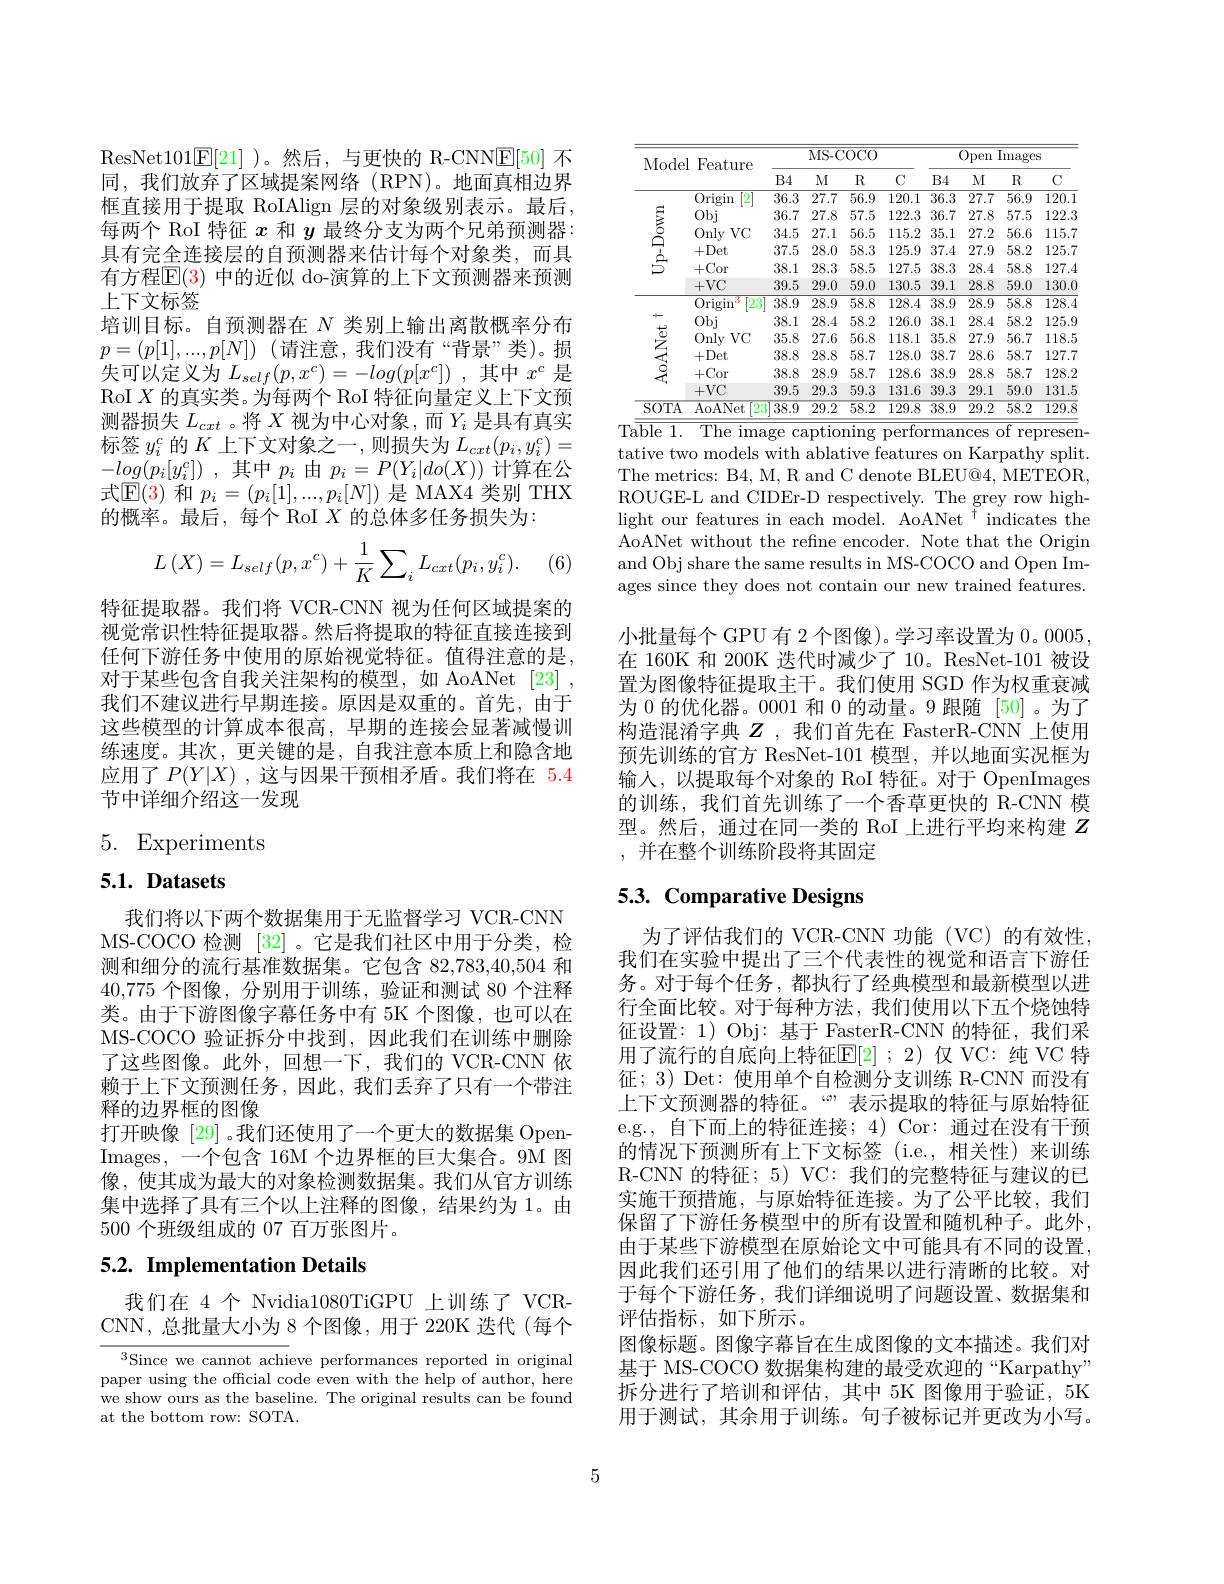
ResNet$101\underline{\mathbb{E}}[21]$ )。然后，与更快的 R-CNN$\underline{\mathbb{E}}[50]$不同，我们放弃了区域提案网络(RPN)。地面真相边界框直接用于提取 RoIAlign 层的对象级别表示。最后， 每两个 RoI 特征$x$和$y$最终分支为两个兄弟预测器： 具有完全连接层的自预测器来估计每个对象类，而具有方程$\mathbb{E}(3)$ 中的近似 do-演算的上下文预测器来预测上下文标签
培训目标。自预测器在$N$类别上输出离散概率分布$p=(p[1],...,p[N])$ (请注意，我们没有“背景”类)。损失可以定义为$L_self(p,x^c)=-log(p[x^c])$,其中$x^c$ 是RoI $X$的真实类。为每两个 RoI 特征向量定义上下文预测器损失$L_cxt$ 。将$X$视为中心对象，而$Y_i$是具有真实标签$y_i^c$的$K$上下文对象之一 , 则损失为$L_cxt(p_i,y_i^c)=$ $- log( p_{i}[ y_{i}^{c}] )$ ,其中$p_{i}$由$p_{i}=P(Y_{i}|do(X))$计算在公式$\mathbb{E}(3)$和$p_i=(p_i[1],...,p_i[N])$是 MAX4 类别 THX 的概率。最后，每个 RoI $X$的总体多任务损失为：
$$L\left(X\right)=L_{self}(p,x^{c})+\frac{1}{K}\sum_{i}L_{cxt}(p_{i},y_{i}^{c}).$$
(6)

特征提取器。我们将 VCR-CNN 视为任何区域提案的视觉常识性特征提取器。然后将提取的特征直接连接到任何下游任务中使用的原始视觉特征。值得注意的是， 对于某些包含自我关注架构的模型，如 AoANet [23] , 我们不建议进行早期连接。原因是双重的。首先，由于这些模型的计算成本很高，早期的连接会显著减慢训练速度。其次，更关键的是，自我注意本质上和隐含地应用了$P(Y|X)$,这与因果干预相矛盾。我们将在 5.4节中详细介绍这一发现

# 5. Experiments

# $5. 1. \textbf{ Datasets}$

我们将以下两个数据集用于无监督学习 VCR-CNN MS-COCO 检测[32] 。它是我们社区中用于分类，检测和细分的流行基准数据集。它包含 82,783,40,504 和40,775个图像，分别用于训练，验证和测试 80 个注释类。由于下游图像字幕任务中有 5K 个图像，也可以在MS-COCO 验证拆分中找到，因此我们在训练中删除了这些图像。此外，回想一下，我们的 VCR-CNN 依赖于上下文预测任务，因此，我们丢弃了只有一个带注释的边界框的图像
打开映像[29] 。我们还使用了一个更大的数据集 OpenImages,一个包含 16M 个边界框的巨大集合。9M 图像，使其成为最大的对象检测数据集。我们从官方训练集中选择了具有三个以上注释的图像，结果约为 1。由500个班级组成的 07 百万张图片。

## 5.2. Implementation Details

我们在 4 个 Nvidia1080TiGPU 上训练了 VCRCNN,总批量大小为8个图像，用于 220K 迭代(每个

$^{3}$Since we cannot achieve performances reported in original paper using the official code even with the help of author, here we show ours as the baseline. The original results can be found at the bottom row: SOTA.

<table>
	<tbody>
		<tr>
			<th rowspan="2">Mode</th>
			<th> </th>
			<th colspan="4">MS- COCO</th>
			<th colspan="4">Open Images</th>
		</tr>
		<tr>
			<th>LUVUI</th>
			<th>$B4$</th>
			<th>M</th>
			<th>$R$</th>
			<th>$C$</th>
			<th>$B4$</th>
			<th>M</th>
			<th>$R$</th>
			<th>C</th>
		</tr>
		<tr>
			<td rowspan="5">$\begin{array}{c}{\stackrel{0}{5}}\\{\stackrel{1}{5}}\\{\stackrel{1}{5}}\end{array}$</td>
			<td>[2 Origin</td>
			<td>$\overline{36.3}$</td>
			<td>27.7</td>
			<td>$\overline{56.9}$</td>
			<td>120.1</td>
			<td>$\overline{36.3}$</td>
			<td>$\overline{27.7}$</td>
			<td>$\overline{56.9}$</td>
			<td>$\overline{120.1}$</td>
		</tr>
		<tr>
			<td>$0bj$</td>
			<td>36.7</td>
			<td>27.8</td>
			<td>57.5</td>
			<td>122.3</td>
			<td>36.7</td>
			<td>27.8</td>
			<td>57.5</td>
			<td>122.3</td>
		</tr>
		<tr>
			<td>$0nly$ $VC$</td>
			<td>34.5</td>
			<td>27.1</td>
			<td>56.5</td>
			<td>115.2</td>
			<td>35.1</td>
			<td>27.2</td>
			<td>56.6</td>
			<td>115.7</td>
		</tr>
		<tr>
			<td>+Det</td>
			<td>37.5</td>
			<td>28.0</td>
			<td>58.3</td>
			<td>125.9</td>
			<td>37.4</td>
			<td>27.9</td>
			<td>58.2</td>
			<td>125.7</td>
		</tr>
		<tr>
			<td>+Cor</td>
			<td>38.1</td>
			<td>28.3</td>
			<td>58.5</td>
			<td>127.5</td>
			<td>38.3</td>
			<td>28.4</td>
			<td>58.8</td>
			<td>127.4</td>
		</tr>
		<tr>
			<td rowspan="1">$\begin{array}{c}{{\frac{1}{5}}}\\{{\frac{1}{5}}}\\{{\frac{1}{5}}}\end{array}$</td>
			<td>$+VC$</td>
			<td>39.5</td>
			<td>29.0</td>
			<td>59.0</td>
			<td>130.5</td>
			<td>39.1</td>
			<td>28.8</td>
			<td>59.0</td>
			<td>130.0</td>
		</tr>
		<tr>
			<td rowspan="3">$\begin{array}{c}{+}\\{\frac{1}{5}}\\{\frac{3}{5}}\\{\frac{3}{5}}\end{array}$</td>
			<td>[23 0rigin K</td>
			<td>$\overline{38.9}$</td>
			<td>$\overline{28.9}$</td>
			<td>58.8</td>
			<td>128.4</td>
			<td>$\overline{38.9}$</td>
			<td>$\overline{28.9}$</td>
			<td>$\overline{58.8}$</td>
			<td>$\overline{128.4}$</td>
		</tr>
		<tr>
			<td>$0bj$</td>
			<td>38.1</td>
			<td>28.4</td>
			<td>58.2</td>
			<td>126.0</td>
			<td>38.1</td>
			<td>28.4</td>
			<td>58.2</td>
			<td>125.9</td>
		</tr>
		<tr>
			<td>$0nly$ $VC$</td>
			<td>35.8</td>
			<td>27.6</td>
			<td>56.8</td>
			<td>118.1</td>
			<td>35.8</td>
			<td>27.9</td>
			<td>56.7</td>
			<td>118.5</td>
		</tr>
		<tr>
			<td rowspan="3"></td>
			<td>+Det</td>
			<td>38.8</td>
			<td>28.8</td>
			<td>58.7</td>
			<td>128.0</td>
			<td>38.7</td>
			<td>28.6</td>
			<td>58.7</td>
			<td>127.7</td>
		</tr>
		<tr>
			<td>+Cor</td>
			<td>38.8</td>
			<td>28.9</td>
			<td>58.7</td>
			<td>128.6</td>
			<td>38.9</td>
			<td>28.8</td>
			<td>58.7</td>
			<td>128.2</td>
		</tr>
		<tr>
			<td>$+VC$</td>
			<td>39.5</td>
			<td>29.3</td>
			<td>59.3</td>
			<td>131.6</td>
			<td>39.3</td>
			<td>29.1</td>
			<td>59.0</td>
			<td>131.5</td>
		</tr>
		<tr>
			<td>SOTA</td>
			<td>AoANet 23</td>
			<td>$\overline{38.9}$</td>
			<td>$\overline{29.2}$</td>
			<td>$\overline{58.2}$</td>
			<td>$\overline{129.8}$</td>
			<td>$\overline{38.9}$</td>
			<td>$\overline{29.2}$</td>
			<td>58.2</td>
			<td>$\overline{129.8}$</td>
		</tr>
	</tbody>
</table>
Ta$\overline{\text{ble 1. The image captioning performances of represen-}}$

tative two models with ablative features on Karpathy split. The metrics: B4, M, R and C denote BLEU@4, METEOR, ROUGE-L and CIDEr-D respectively. The grey row highlight our features in each model. AoANet $^{\dagger}$ indicates the AoANet without the refne encoder. Note that the Origin and Obj share the same results in MS-COCO and Open Images since they does not contain our new trained features. 小批量每个 GPU 有 2 个图像)。学习率设置为 0。0005, 在 160K 和 200K 迭代时减少了 10。ResNet-101 被设置为图像特征提取主干。我们使用 SGD 作为权重衰减为 0 的优化器。0001 和0的动量。9 跟随 [50]。为了构造混淆字典$Z$ ,我们首先在 FasterR-CNN 上使用预先训练的官方 ResNet-101 模型，并以地面实况框为输入，以提取每个对象的 RoI 特征。对于 OpenImages 的训练，我们首先训练了一个香草更快的 R-CNN 模型。然后，通过在同一类的 RoI 上进行平均来构建$Z$ ,并在整个训练阶段将其固定

# 5.3. Comparative Designs

为了评估我们的 VCR-CNN 功能 (VC)的有效性我们在实验中提出了三个代表性的视觉和语言下游任务。对于每个任务，都执行了经典模型和最新模型以进行全面比较。对于每种方法，我们使用以下五个烧蚀特征设置：1) Obj: 基于 FasterR-CNN 的特征，我们采用了流行的自底向上特征$\overline{\mathrm{E}}[2];2)$ 仅 VC: 纯 VC 特征；3) Det: 使用单个自检测分支训练 R-CNN 而没有上下文预测器的特征。“”表示提取的特征与原始特征e.g., 自下而上的特征连接；4) Cor: 通过在没有干预的情况下预测所有上下文标签(i.e.,相关性)来训练R-CNN 的特征；5) VC: 我们的完整特征与建议的已实施干预措施，与原始特征连接。为了公平比较，我们保留了下游任务模型中的所有设置和随机种子。此外， 由于某些下游模型在原始论文中可能具有不同的设置， 因此我们还引用了他们的结果以进行清晰的比较。对于每个下游任务，我们详细说明了问题设置、数据集和评估指标，如下所示。
图像标题。图像字幕旨在生成图像的文本描述。我们对基于 MS-COCO 数据集构建的最受欢迎的“Karpathy” 拆分进行了培训和评估，其中 5K 图像用于验证，5K 用于测试，其余用于训练。句子被标记并更改为小写。

5